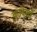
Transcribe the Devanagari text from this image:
कादेशाँ